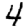
Digit: 4